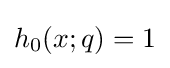
h_{0}(x;q)=1